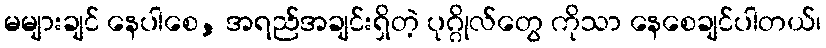
မများချင် နေပါစေ, အရည်အချင်းရှိတဲ့ ပုဂ္ဂိုလ်တွေ ကိုသာ နေစေချင်ပါတယ်၊